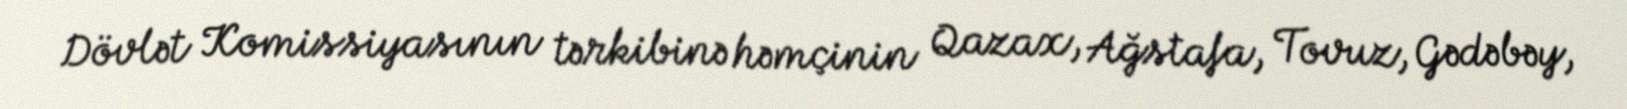
Dövlət Komissiyasının tərkibinə həmçinin Qazax, Ağstafa, Tovuz, Gədəbəy,